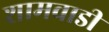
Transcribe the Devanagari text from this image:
शामवाडी